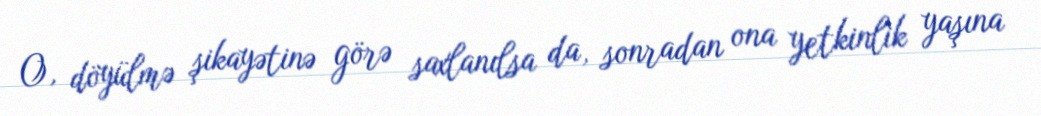
O, döyülmə şikayətinə görə saxlanılsa da, sonradan ona yetkinlik yaşına